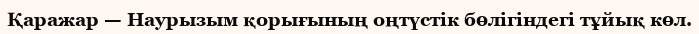
Қаражар — Наурызым қорығының оңтүстік бөлігіндегі тұйық көл.